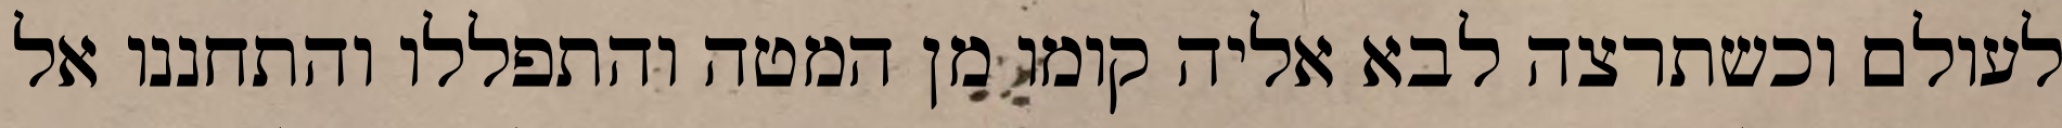
לעולם וכשתרצה לבא אליה קומו מן המטה והתפללו והתחננו אל